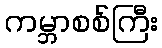
ကမ္ဘာစစ်ကြီး